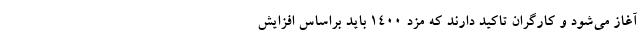
آغاز می‌شود و کارگران تاکید دارند که مزد ۱۴۰۰ باید براساس افزایش